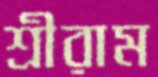
শ্রীরাম